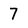
Character: 7